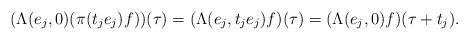
LaTeX: \begin{align*}(\Lambda(e_j,0)(\pi(t_j e_j) f))(\tau) = (\Lambda(e_j,t_j e_j)f)(\tau) = (\Lambda(e_j,0)f)(\tau + t_j).\end{align*}